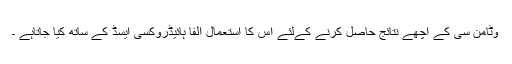
وٹامن سی کے اچھے نتائج حاصل کرنے کےلئے اس کا استعمال الفا ہائیڈروکسی ایسڈ کے ساتھ کیا جاتاہے ۔